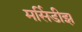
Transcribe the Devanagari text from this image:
मर्सिडीझ